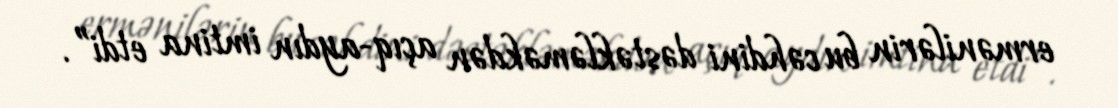
ermənilərin bu cəhdini dəstəkləməkdən açıq-aydın imtina etdi”.